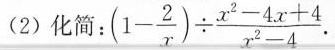
(2)化简：( $$(1- \frac{2}{x})\div \frac{x^{2}-4x+4}{x^{2}-4}.$$